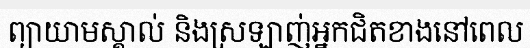
ព្យាយាមស្គាល់ និងស្រឡាញ់អ្នកជិតខាងនៅពេល